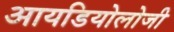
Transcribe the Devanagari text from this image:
आयडियोलोजी